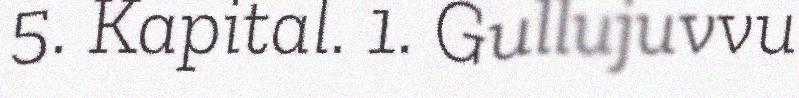
5. Kapital. 1. Gullujuvvu